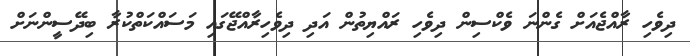
ދިވެހި ރާއްޖެއަށް ގެންނަ ވެކްސިން ދިވެހި ރައްޔިތުން އަދި ދިވެހިރާއްޖޭގައި މަސައްކަތްކުރާ ބިދޭސީންނަށް